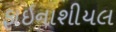
ફાઇનાશીયલ